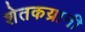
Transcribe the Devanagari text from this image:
शेतकय्रानी